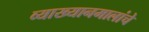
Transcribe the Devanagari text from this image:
व्याख्यानमालांचे